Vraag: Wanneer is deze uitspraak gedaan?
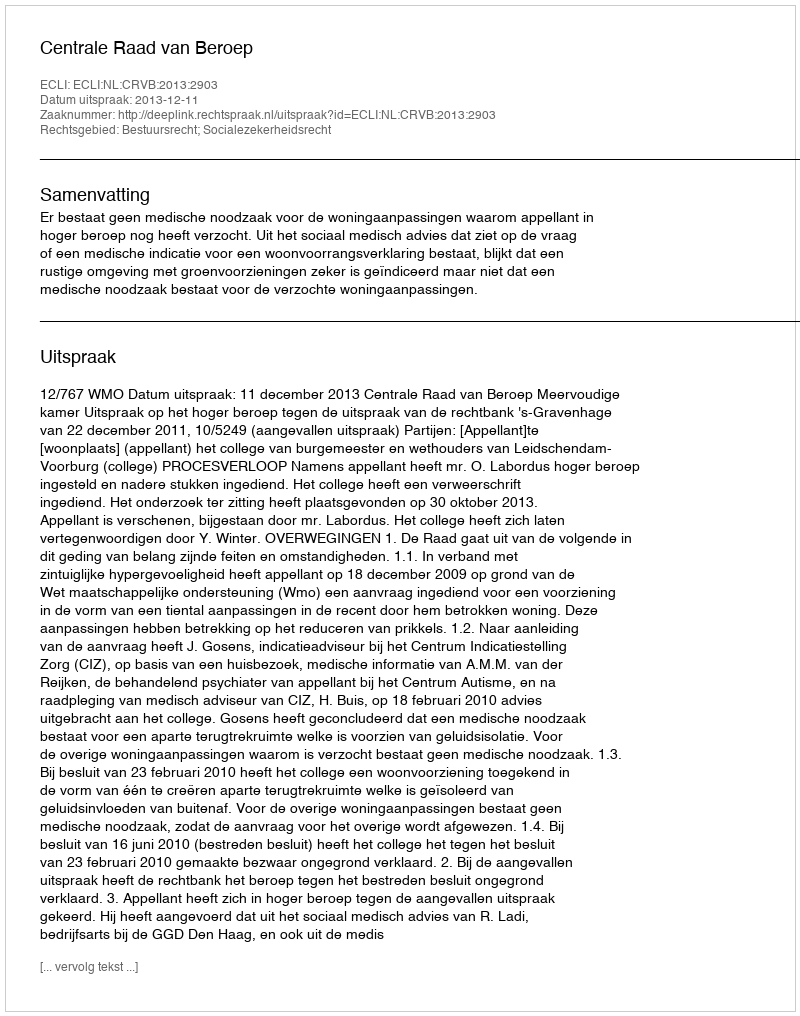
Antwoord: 2013-12-11